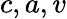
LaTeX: c,a,v